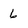
Character: 6